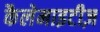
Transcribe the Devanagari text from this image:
कैलेमाइटीज़